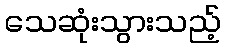
သေဆုံးသွားသည့်